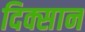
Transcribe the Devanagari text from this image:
दिक्सान